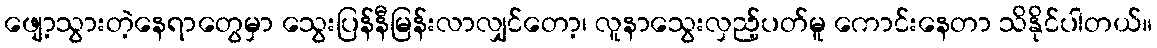
ဖျော့သွားတဲ့နေရာတွေမှာ သွေးပြန်နီမြန်းလာလျှင်တော့၊ လူနာသွေးလှည့်ပတ်မူ ကောင်းနေတာ သိနိုင်ပါတယ်။